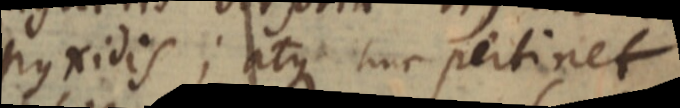
pyxidis; atque huc pertinet